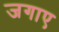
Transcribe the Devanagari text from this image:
जगाए